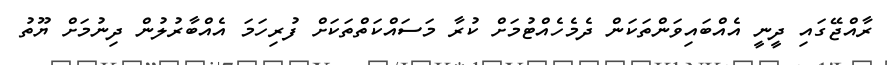
ރާއްޖޭގައި ދީނީ އެއްބައިވަންތަކަން ދެމެހެއްޓުމަށް ކުރާ މަސައްކަތްތަކަށް ފުރިހަމަ އެއްބާރުލުން ދިނުމަށް ޔޫތު